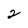
Character: 2